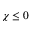
\chi \le 0